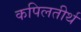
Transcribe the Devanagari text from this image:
कपिलतीर्थ